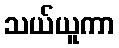
သယ်ယူကာ